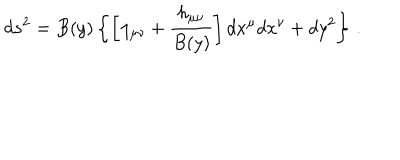
d s ^ { 2 } = B ( y ) \left\{ \left[ \eta _ { \mu \nu } + { \frac { h _ { \mu \nu } } { B ( y ) } } \right] d x ^ { \mu } d x ^ { \nu } + d y ^ { 2 } \right\} \, .